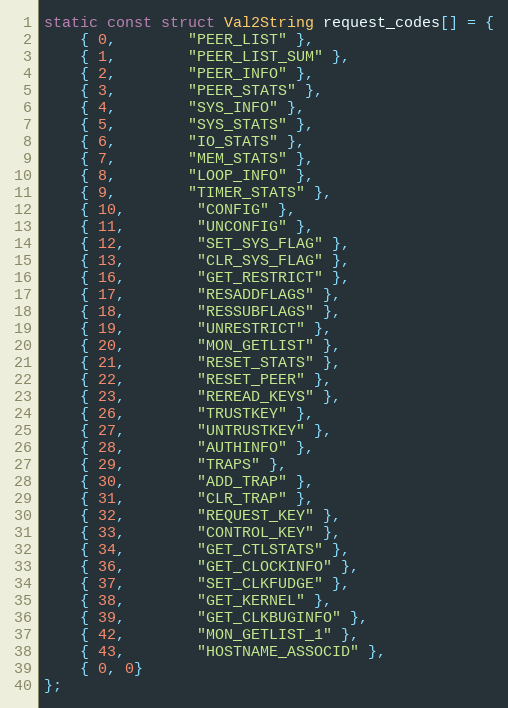
Language: C
static const struct Val2String request_codes[] = {
	{ 0,		"PEER_LIST" },
	{ 1,		"PEER_LIST_SUM" },
	{ 2,		"PEER_INFO" },
	{ 3,		"PEER_STATS" },
	{ 4,		"SYS_INFO" },
	{ 5,		"SYS_STATS" },
	{ 6,		"IO_STATS" },
	{ 7,		"MEM_STATS" },
	{ 8,		"LOOP_INFO" },
	{ 9,		"TIMER_STATS" },
	{ 10,		"CONFIG" },
	{ 11,		"UNCONFIG" },
	{ 12,		"SET_SYS_FLAG" },
	{ 13,		"CLR_SYS_FLAG" },
	{ 16,		"GET_RESTRICT" },
	{ 17,		"RESADDFLAGS" },
	{ 18,		"RESSUBFLAGS" },
	{ 19,		"UNRESTRICT" },
	{ 20,		"MON_GETLIST" },
	{ 21,		"RESET_STATS" },
	{ 22,		"RESET_PEER" },
	{ 23,		"REREAD_KEYS" },
	{ 26,		"TRUSTKEY" },
	{ 27,		"UNTRUSTKEY" },
	{ 28,		"AUTHINFO" },
	{ 29,		"TRAPS" },
	{ 30,		"ADD_TRAP" },
	{ 31,		"CLR_TRAP" },
	{ 32,		"REQUEST_KEY" },
	{ 33,		"CONTROL_KEY" },
	{ 34,		"GET_CTLSTATS" },
	{ 36,		"GET_CLOCKINFO" },
	{ 37,		"SET_CLKFUDGE" },
	{ 38,		"GET_KERNEL" },
	{ 39,		"GET_CLKBUGINFO" },
	{ 42,		"MON_GETLIST_1" },
	{ 43,		"HOSTNAME_ASSOCID" },
    { 0, 0}
};